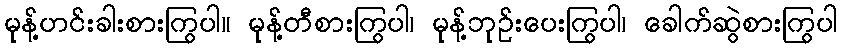
မုန့်ဟင်းခါးစားကြွပါ။ မုန့်တီစားကြွပါ၊ မုန့်ဘုဉ်းပေးကြွပါ၊ ခေါက်ဆွဲစားကြွပါ